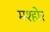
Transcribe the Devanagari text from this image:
मश्होर